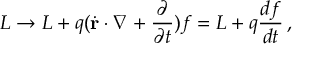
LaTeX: L \rightarrow L + q ( { \dot { \mathbf { r } } } \cdot \nabla + { \frac { \partial } { \partial t } } ) f = L + q { \frac { d f } { d t } } \, ,